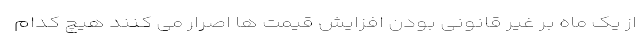
از یک ماه بر غیر قانونی بودن افزایش قیمت ها اصرار می کنند هیچ کدام